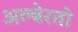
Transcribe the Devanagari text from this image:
अल्बेरतो